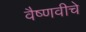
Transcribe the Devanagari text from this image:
वैष्णवीचे